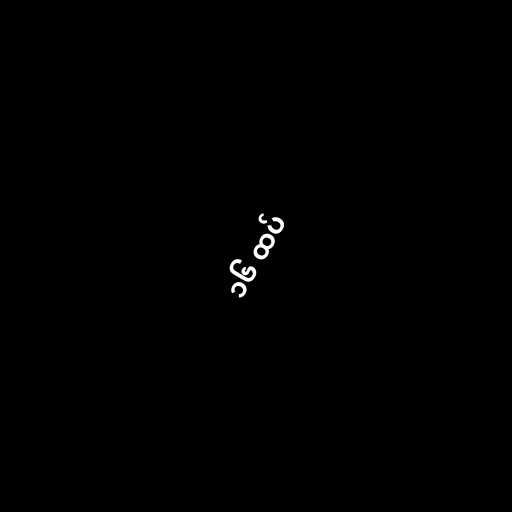
၁၆ ထပ်